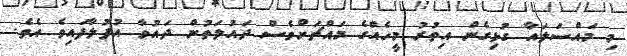
މި މައްސަލައާ ގުޅިގެން އިތުރު މީހެއްގެ މައްޗަށްވެސް ދައުލަތުން ދައުވާ އުފުލާފައިވެ އެވެ.